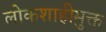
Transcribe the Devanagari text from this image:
लोकशाहीमुक्त